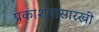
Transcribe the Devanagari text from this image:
प्रकाशनासारखी